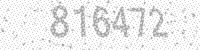
Solution: 816472